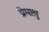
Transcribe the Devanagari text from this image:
प्रेमाश्रु